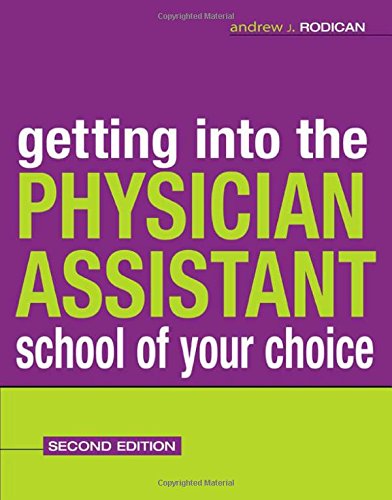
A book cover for Getting Into the Physician Assistant School of Your Choice; Andrew Rodican; Medical Books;